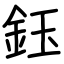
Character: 鈺